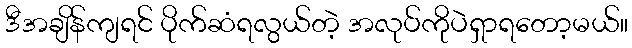
ဒီအချိန်ကျရင် ပိုက်ဆံရလွယ်တဲ့ အလုပ်ကိုပဲရှာရတော့မယ်။